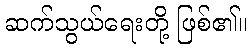
ဆက်သွယ်ရေးတို့ ဖြစ်၏။